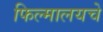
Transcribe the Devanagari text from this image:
फिल्मालयचे